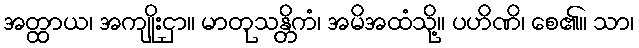
အတ္ထာယ၊ အကျိုးငှာ။ မာတုသန္တိကံ၊ အမိအထံသို့။ ပဟိဏိ၊ စေ၏။ သာ၊